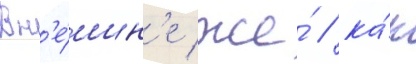
Вн'е́шн'е же́ / ка́к